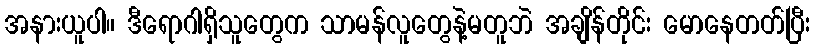
အနားယူပါ။ ဒီရောဂါရှိသူတွေက သာမန်လူတွေနဲ့မတူဘဲ အချိန်တိုင်း မောနေတတ်ပြီး